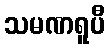
သမဏရူပီ